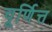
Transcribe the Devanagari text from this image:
चूर्णित्त